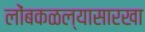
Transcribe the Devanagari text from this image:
लोंबकळल्यासारखा